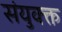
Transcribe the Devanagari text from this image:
संयुक्क्त